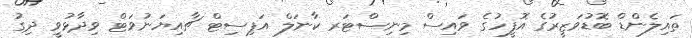
ތައިލެންޑް ބޮޑުވަޒީރުގެ އޮފީހުގެ ވައިސް މިނިސްޓަރ ކާނަލް އަޕިސިޓް ޗާއިޔަނުވަޓް ވިދާޅުވީ ދިގު